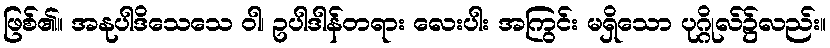
ဖြစ်၏။ အနုပါဒိသေသေ ဝါ၊ ဥပါဒါန်တရား လေးပါး အကြွင်း မရှိသော ပုဂ္ဂိုလ်၌လည်း။